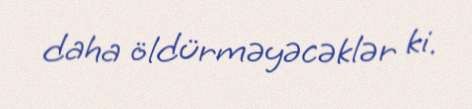
daha öldürməyəcəklər ki.